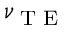
\nu _ { \textrm { T E } }